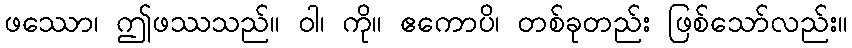
ဖဿော၊ ဤဖဿသည်။ ဝါ၊ ကို။ ဧကောပိ၊ တစ်ခုတည်း ဖြစ်သော်လည်း။